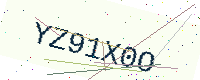
Text: YZ91X0O